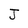
Character: J